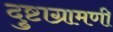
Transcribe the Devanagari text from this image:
दुष्टाग्रामणी